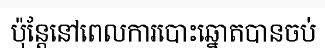
ប៉ុន្តែនៅពេលការបោះឆ្នោតបានចប់